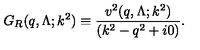
G _ { R } ( q , \Lambda ; k ^ { 2 } ) \equiv \frac { v ^ { 2 } ( q , \Lambda ; k ^ { 2 } ) } { ( k ^ { 2 } - q ^ { 2 } + i 0 ) } .